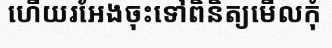
ហើយរអែងចុះទៅពិនិត្យមើលកុំ